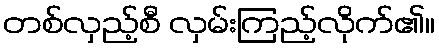
တစ်လှည့်စီ လှမ်းကြည့်လိုက်၏။